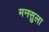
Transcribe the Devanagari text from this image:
मनसुला